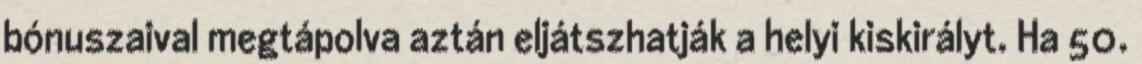
bónuszaival megtápolva aztán eljátszhatják a helyi kiskirályt. Ha 50.